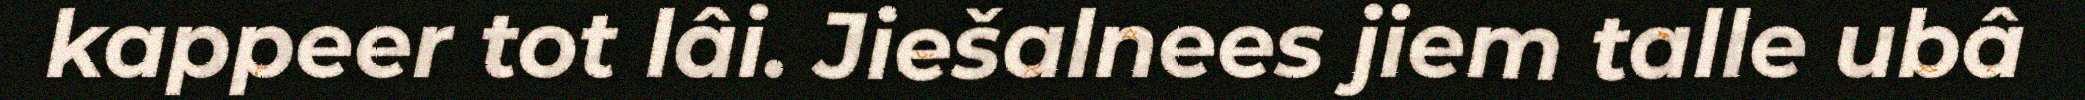
kappeer tot lâi. Jiešalnees jiem talle ubâ